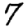
Digit: 7